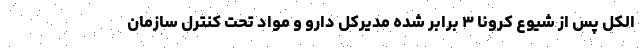
الکل پس از شیوع کرونا ۳ برابر شده مدیرکل دارو و مواد تحت کنترل سازمان